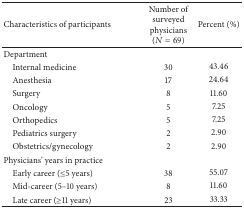
<table><thead><tr><td><b>Characteristics of participants</b></td><td><b>Number of surveyed physicians (<i>N</i> = 69)</b></td><td><b>Percent (%)</b></td></tr></thead><tbody><tr><td>Department </td><td> </td><td> </td></tr><tr><td> Internal medicine</td><td>30</td><td>43.46 </td></tr><tr><td> Anesthesia </td><td>17</td><td>24.64</td></tr><tr><td> Surgery</td><td>8</td><td>11.60</td></tr><tr><td> Oncology</td><td>5</td><td>7.25</td></tr><tr><td> Orthopedics</td><td>5</td><td>7.25</td></tr><tr><td> Pediatrics surgery</td><td>2</td><td>2.90</td></tr><tr><td> Obstetrics/gynecology</td><td>2</td><td>2.90</td></tr><tr><td>Physicians&#x27; years in practice</td><td> </td><td> </td></tr><tr><td> Early career (≤5 years)</td><td>38</td><td>55.07</td></tr><tr><td> Mid-career (5–10 years)</td><td>8</td><td>11.60</td></tr><tr><td> Late career (≥11 years) </td><td>23</td><td>33.33</td></tr></tbody></table>